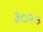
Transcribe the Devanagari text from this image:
३०२७